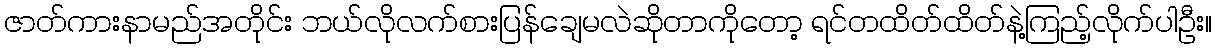
ဇာတ်ကားနာမည်အတိုင်း ဘယ်လိုလက်စားပြန်ချေမလဲဆိုတာကိုတော့ ရင်တထိတ်ထိတ်နဲ့ကြည့်လိုက်ပါဦး။